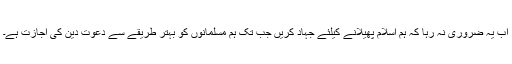
اب یہ ضرورى نہ رہا کہ ہم اسلام پھیلانے کیلئے جہاد کریں جب تک ہم مسلمانوں کو بہتر طریقے سے دعوت دین کى اجازت ہے۔